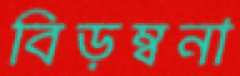
বিড়ম্বনা